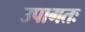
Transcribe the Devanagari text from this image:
उपागतः